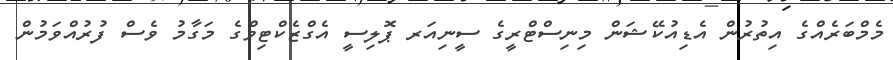
މެމްބަރެއްގެ އިތުރުން އެޑިއުކޭޝަން މިނިސްޓްރީގެ ސީނިއަރ ޕޮލިސީ އެގްޒެކްޓިވްގެ މަގާމު ވެސް ފުރުއްވަމުން